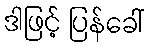
ဒါဖြင့် ပြန်ခေါ်